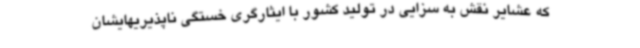
که عشایر نقش به سزایی در تولید کشور با ایثارگری خستگی ناپذیریهایشان